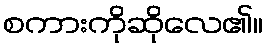
စကားကိုဆိုလေ၏။